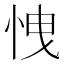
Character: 𢘽